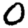
Digit: 0